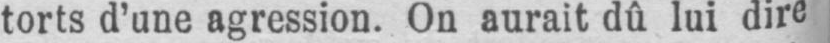
torts d’une agression. On aurait dû lui dire